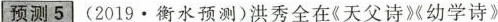
预测5 (2019 · 衡水预测)洪秀全在《天父诗》《幼学诗》